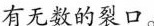
有无数的裂口。